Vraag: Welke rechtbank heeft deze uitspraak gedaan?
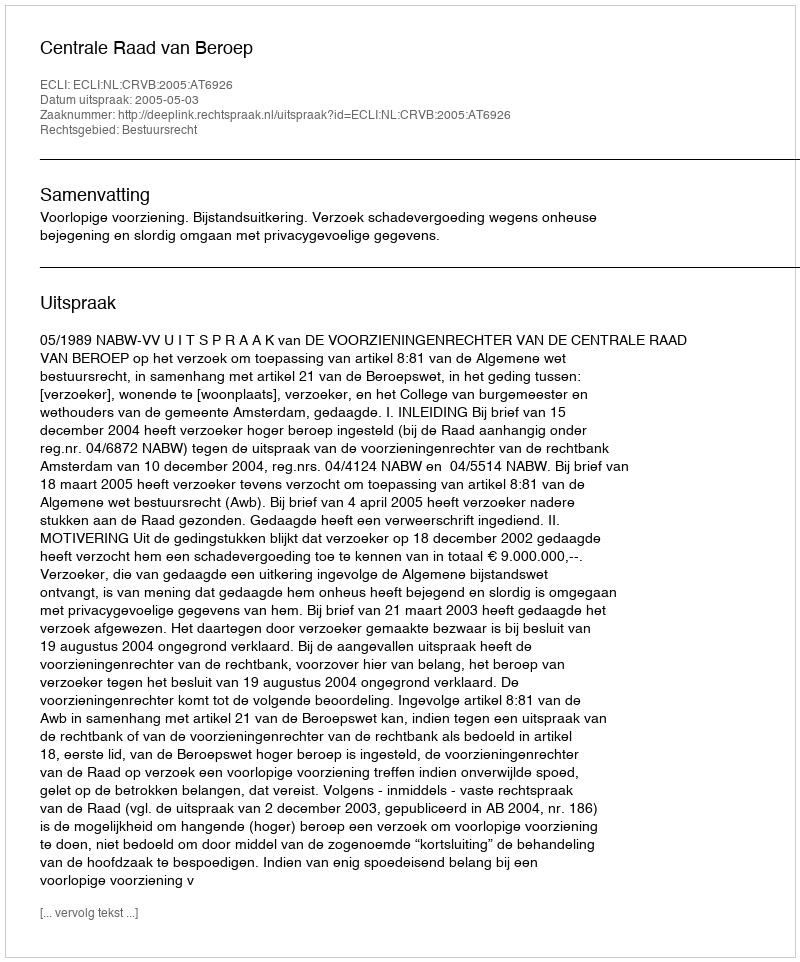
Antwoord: Centrale Raad van Beroep